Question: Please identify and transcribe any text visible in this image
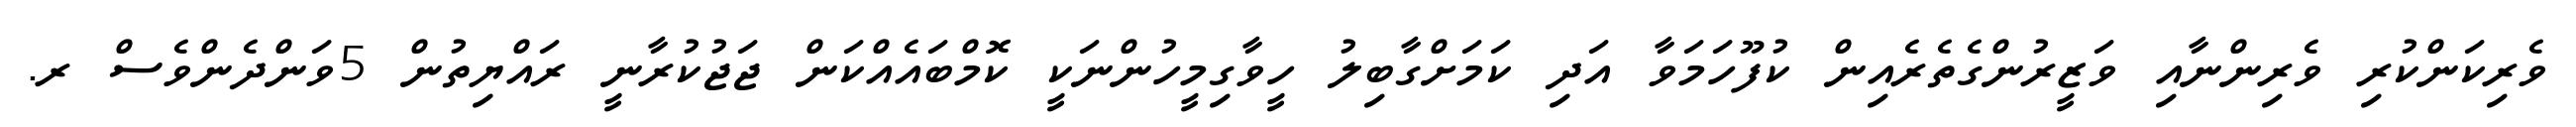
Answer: ވެރިކަންކުރި ވެރިންނާއި ވަޒީރުންގެތެރެއިން ކުފޫހަމަވާ އަދި ކަމަށްގާބިލު ހީވާގިމީހުންނަކީ ކޮމްބައެއްކަން ޖަޖުކުރާނީ ރައްޔިތުން 5ވަންދެންވެސް ރ.